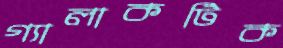
গ্যালাকটিক